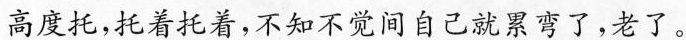
高度托，托着托着，不知不觉间自己就累弯了，老了。